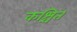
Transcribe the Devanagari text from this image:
कश्चित